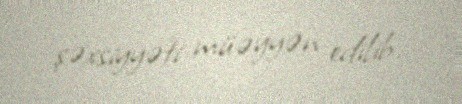
şəxsiyyəti müəyyən edilib.